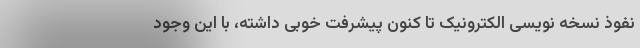
نفوذ نسخه نویسی الکترونیک تا کنون پیشرفت خوبی داشته، با این وجود